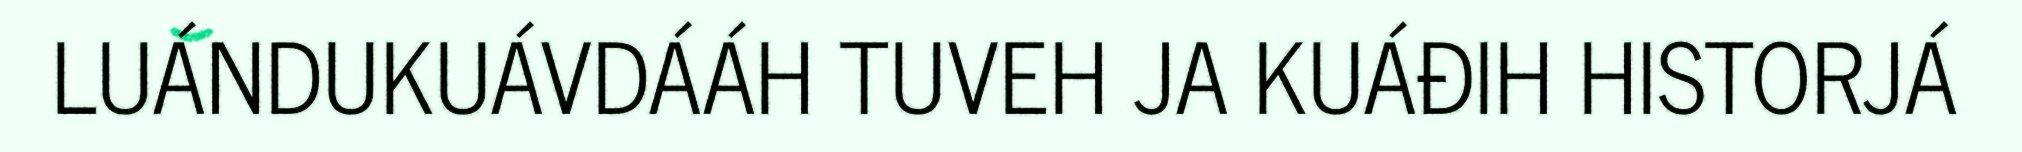
LUÁNDUKUÁVDÁÁH TUVEH JA KUÁĐIH HISTORJÁ